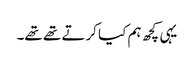
یہی کچھ ہم کیا کرتے تھے تھے۔